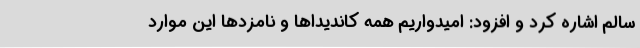
سالم اشاره کرد و افزود: امیدواریم همه کاندیداها و نامزدها این موارد